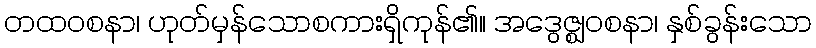
တထဝစနာ၊ ဟုတ်မှန်သောစကားရှိကုန်၏။ အဒွေဇ္ဈဝစနာ၊ နှစ်ခွန်းသော